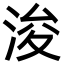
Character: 浚